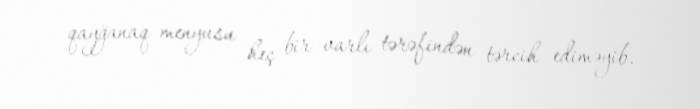
qayğanaq menyusu heç bir varlı tərəfindən tərcih ediməyib.